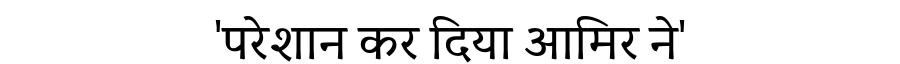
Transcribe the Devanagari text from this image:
'परेशान कर दिया आमिर ने'